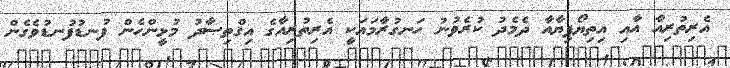
އެރިތުރިއާ އާއި އިތިޔޯޕިޔާއާ ދެމެދު ކުރެވުނު ހަނގުރާމައަކީ އެރިތުރިއާގެ އިޤްތިޞާދު މުޅީންހެން ފުނޑުފުނޑުވެގެން